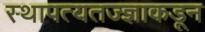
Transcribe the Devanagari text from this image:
स्थापत्यतज्‍ज्ञाकडून